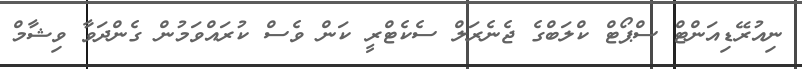
ނިއުރޭޑިއަންޓް ސްޕޯޓް ކްލަބްގެ ޖެނެރަލް ސެކެޓްރީ ކަން ވެސް ކުރައްވަމުން ގެންދަވާ ވިޝާމް